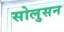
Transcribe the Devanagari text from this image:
सोलुसन